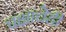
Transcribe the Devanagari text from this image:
पक्षांचेही